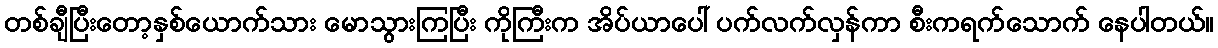
တစ်ချီပြီးတော့နှစ်ယောက်သား မောသွားကြပြီး ကိုကြီးက အိပ်ယာပေါ် ပက်လက်လှန်ကာ စီးကရက်သောက် နေပါတယ်။